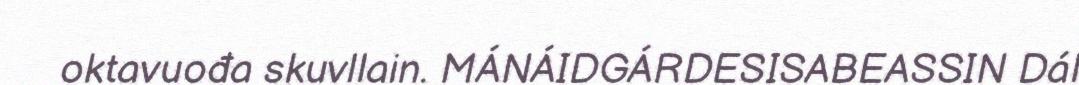
oktavuođa skuvllain. MÁNÁIDGÁRDESISABEASSIN Dál